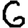
Digit: 6